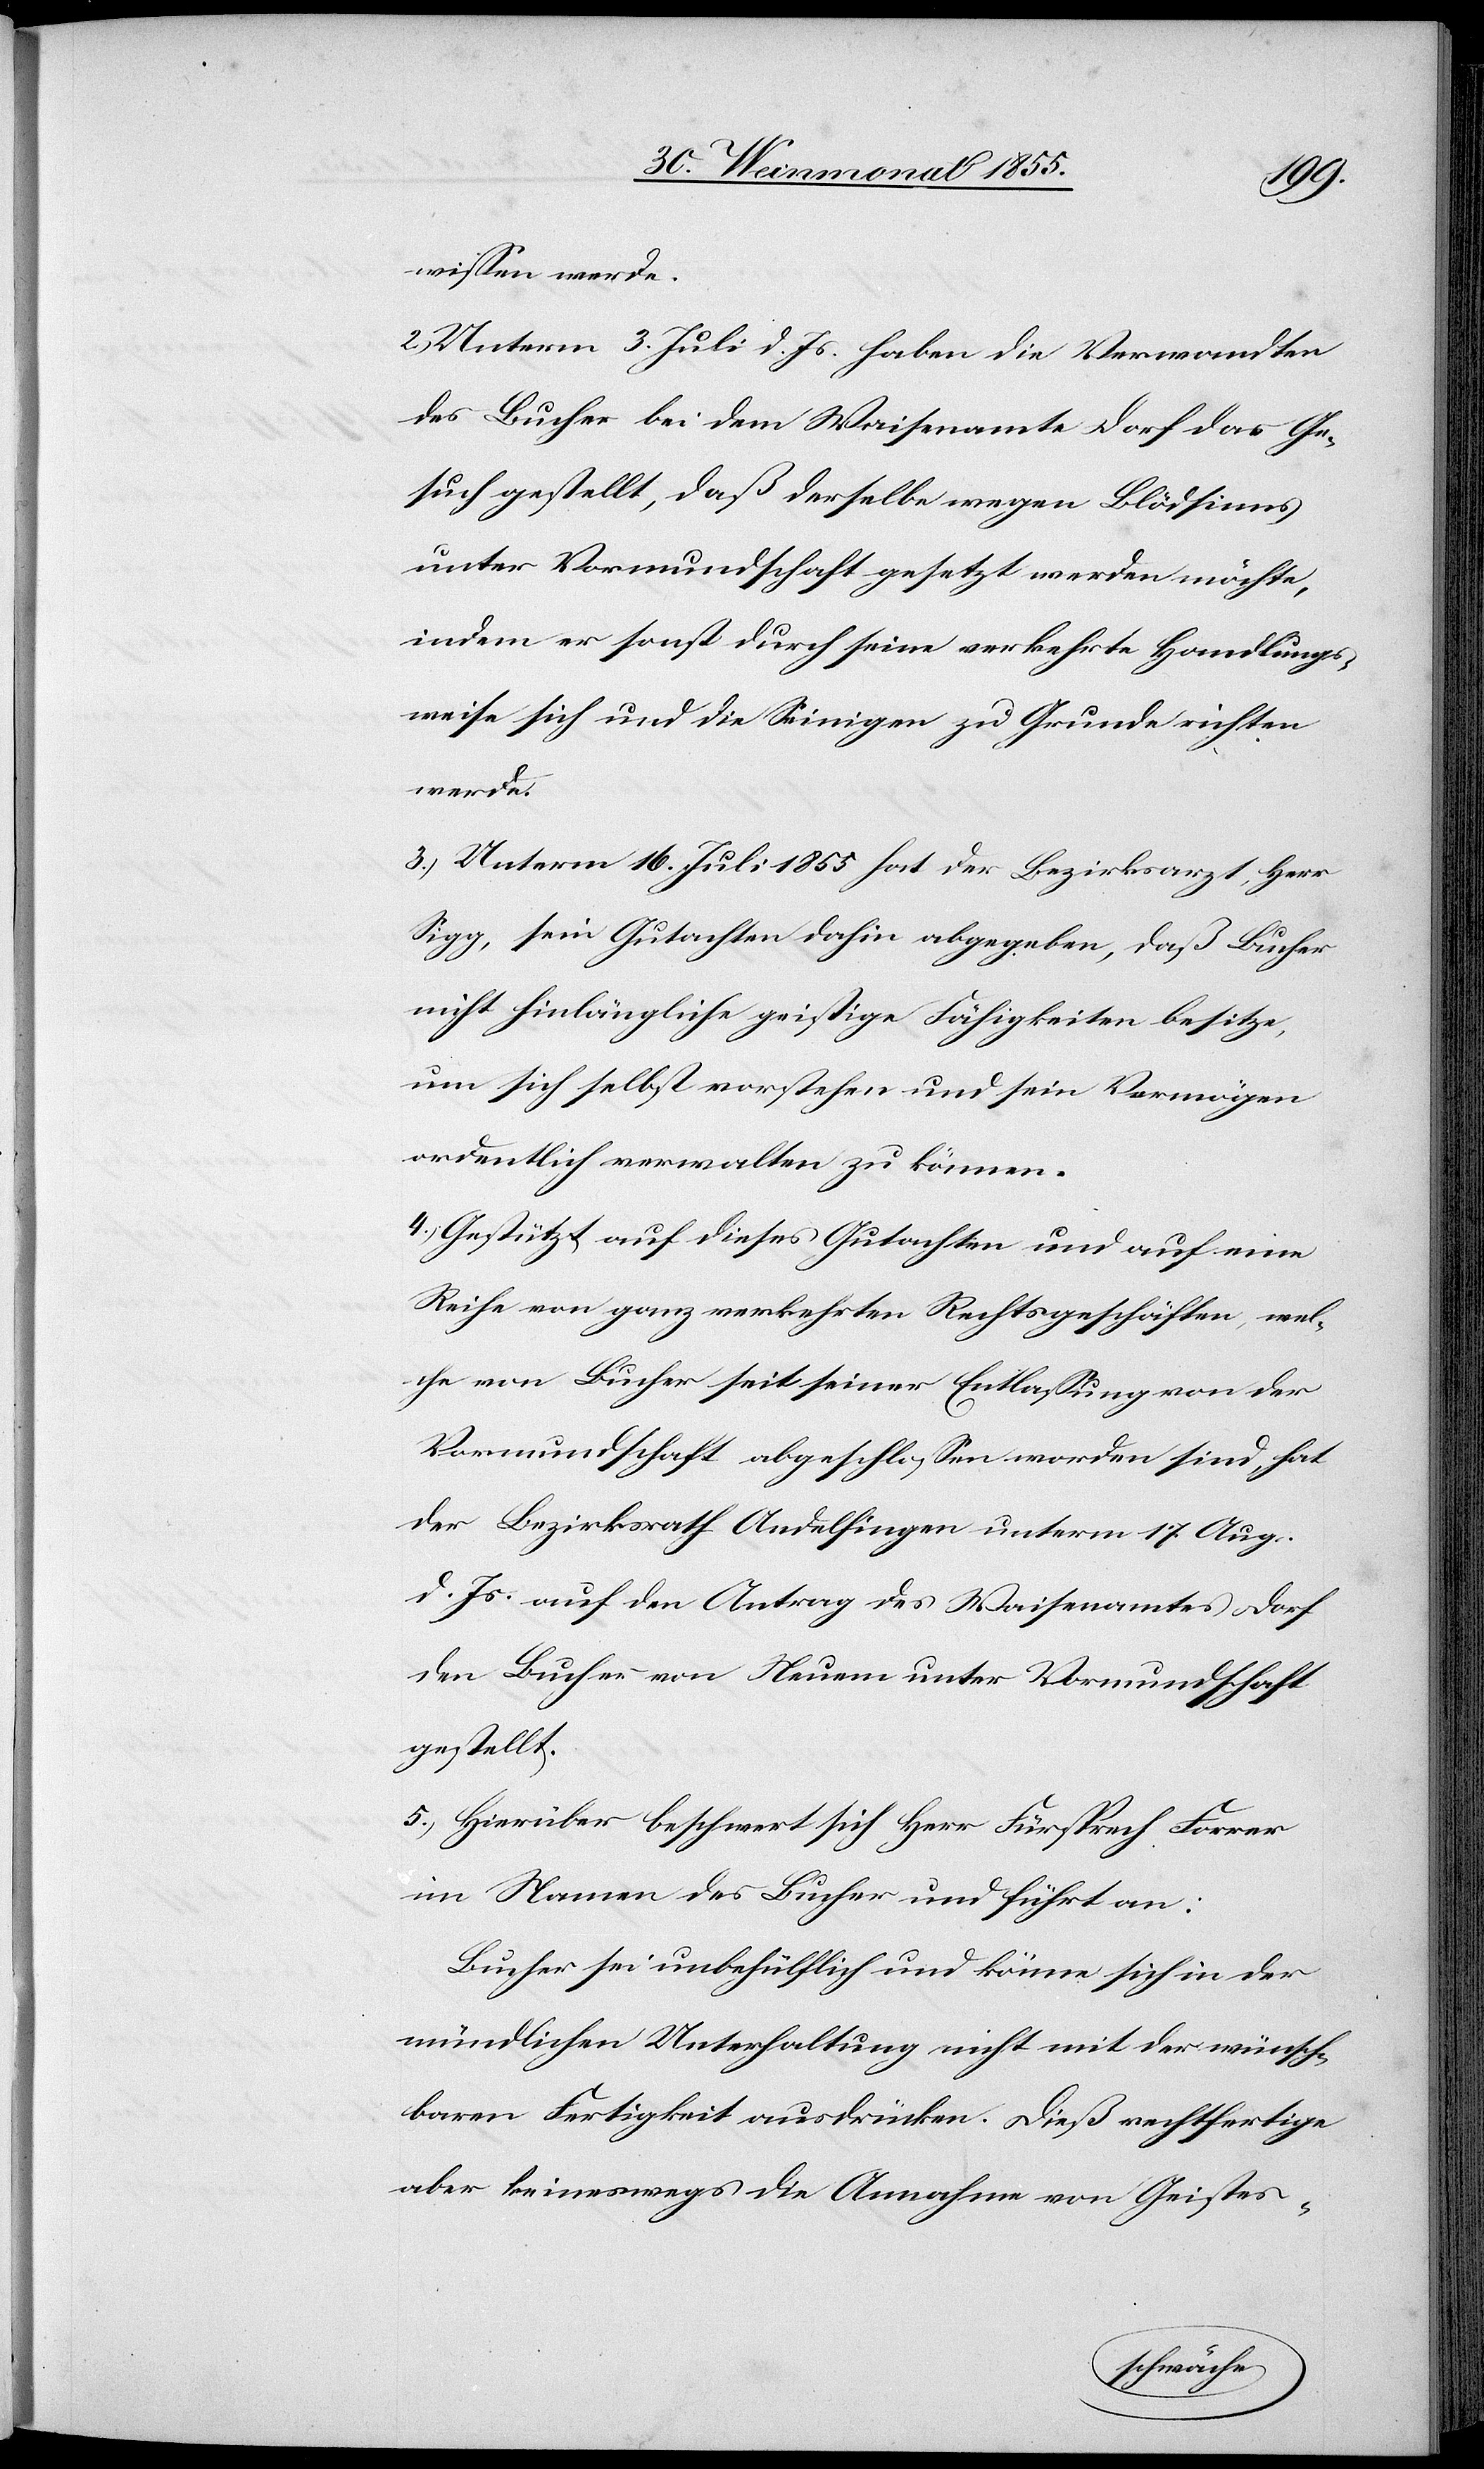
wissen werde.
2.) Unterm 3. Juli d. Js. haben die Verwandten
des Bucher bei dem Waisenamte Dorf das Ge¬
such gestellt, daß derselbe wegen Blödsinns
unter Vormundschaft gesetzt werden möchte,
indem er sonst durch seine verkehrte Handlungs¬
weise sich und die Seinigen zu Grunde richten
werde.
3.) Unterm 16. Juli 1855 hat der Bezirksarzt, Herr
Sigg, sein Gutachten dahin abgegeben, daß Bucher
nicht hinlängliche geistige Fähigkeiten besitze,
um sich selbst vorstehen und sein Vermögen
ordentlich verwalten zu können.
4.) Gestützt auf dieses Gutachten und auf eine
Reihe von ganz verkehrten Rechtsgeschäften, wel¬
che von Bucher seit seiner Entlassung von der
Vormundschaft abgeschlossen worden sind, hat
der Bezirksrath Andelfingen unterm 17. Aug.
d. Js. auf den Antrag des Waisenamtes Dorf
den Bucher von Neuem unter Vormundschaft
gestellt.
5.) Hierüber beschwert sich Herr Fürsprech Forrer
im Namen des Bucher und führt an:
Bucher sei unbehülflich und könne sich in der
mündlichen Unterhaltung nicht mit der wünsch¬
baren Fertigkeit ausdrücken. Dieß rechtfertige
aber keineswegs die Annahme von Geistes-